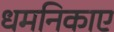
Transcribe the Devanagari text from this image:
धमनिकाए